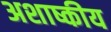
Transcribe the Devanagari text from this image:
अशाष्कीय